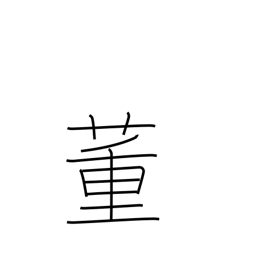
Meaning: correct